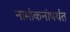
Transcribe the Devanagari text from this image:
नामांकनांपर्यंत